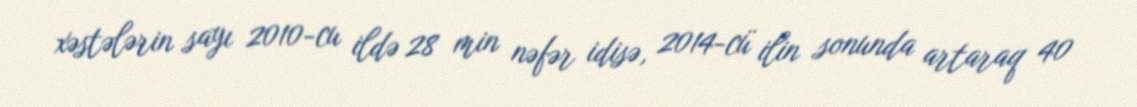
xəstələrin sayı 2010-cu ildə 28 min nəfər idisə, 2014-cü ilin sonunda artaraq 40